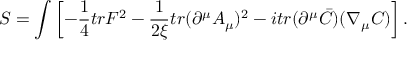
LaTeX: S = \int \left[ - \frac { 1 } { 4 } t r F ^ { 2 } - \frac { 1 } { 2 \xi } t r ( \partial ^ { \mu } A _ { \mu } ) ^ { 2 } - i t r ( \partial ^ { \mu } \bar { C } ) ( \nabla _ { \mu } C ) \right] .